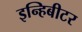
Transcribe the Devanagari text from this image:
इन्हिबीटर